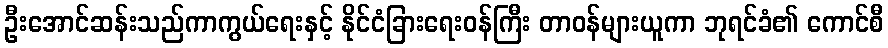
ဦးအောင်ဆန်းသည်ကာကွယ်ရေးနှင့် နိုင်ငံခြားရေးဝန်ကြီး တာဝန်များယူကာ ဘုရင်ခံ၏ ကောင်စီ